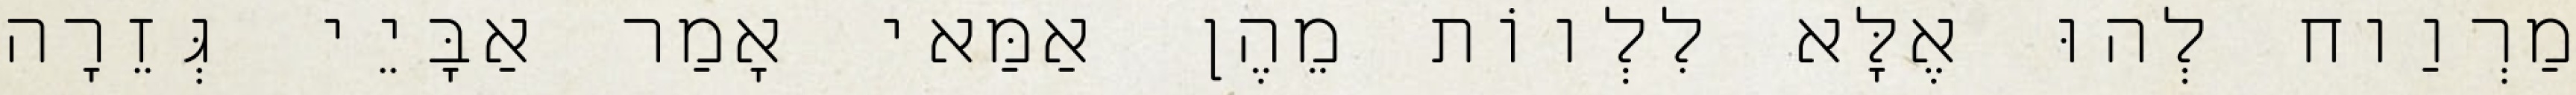
מַרְוַוח לְהוּ אֶלָּא לִלְווֹת מֵהֶן אַמַּאי אָמַר אַבָּיֵי גְּזֵרָה